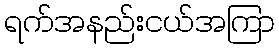
ရက်အနည်းငယ်အကြာ